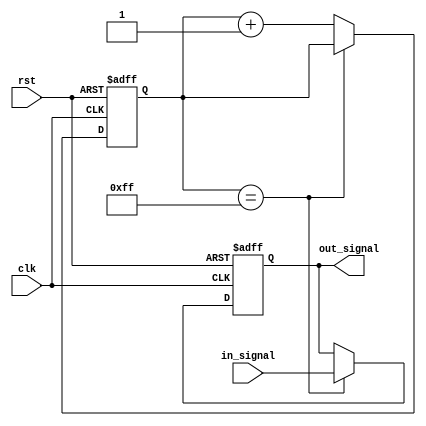
module rc_delay(
    input wire clk,
    input wire rst,
    input wire in_signal,
    output reg out_signal
);

reg [7:0] counter;

always @ (posedge clk or posedge rst)
begin
    if (rst) begin
        counter <= 8'b0;
        out_signal <= 1'b0;
    end else begin
        if (counter == 8'b11111111) begin
            out_signal <= in_signal;
        end else begin
            counter <= counter + 1;
        end
    end
end

endmodule